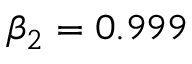
\beta _ { 2 } = 0 . 9 9 9